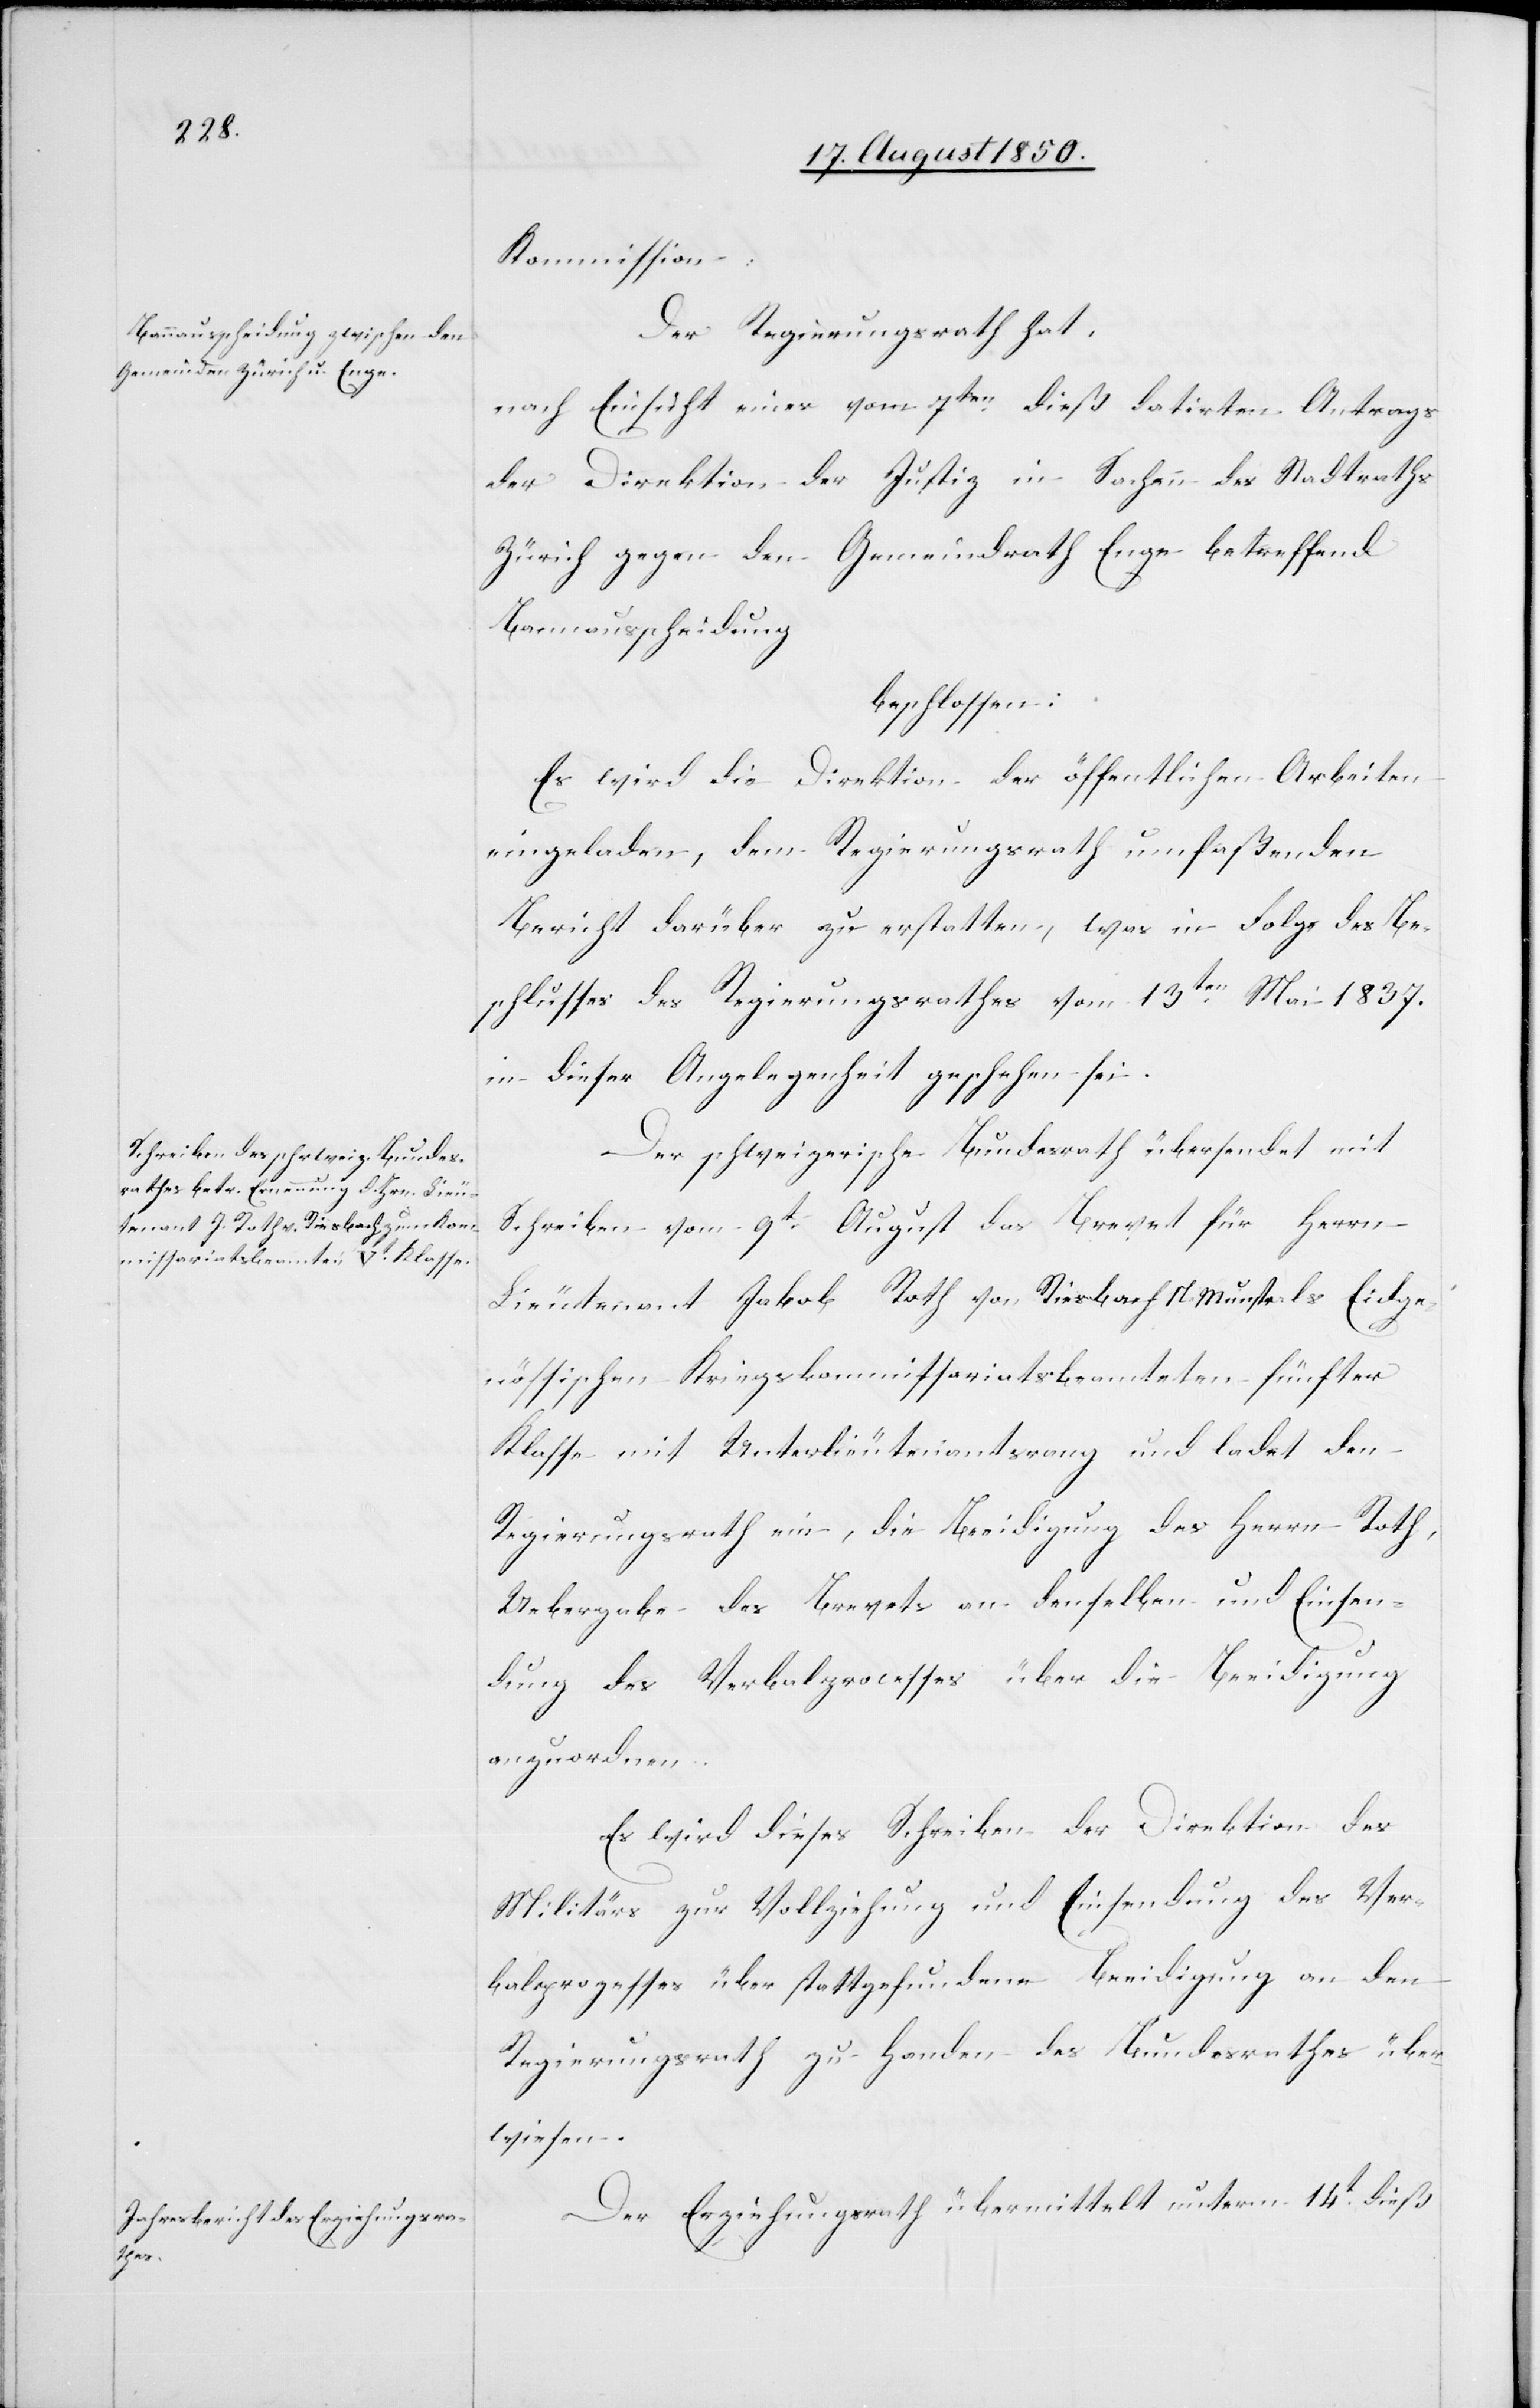
Eidge¬

Kommission.
Der Regierungsrath hat,
nach Einsicht eines vom 7ten dieß datirten Antrags
der Direktion der Justiz in Sachen des Stadtraths
Zürich gegen den Gemeindrath Enge betreffend
Bannausscheidung
beschlossen:
Es wird die Direktion der öffentlichen Arbeiten
eingeladen, dem Regierungsrath umfaßenden
Bericht darüber zu erstatten, was in Folge des Be¬
schlusses des Regierungsrathes vom 13ten Mai 1837.
in dieser Angelegenheit geschehen sei.
Der schweizerische Bundesrath übersendet mit
Schreiben vom 9t August das Brevet für Herrn
Lieutenant Jakob Roth von Riesbach N Munstr ls [recte:
nössischen Kriegskommissariatsbeamteten fünfter
Klasse mit Unterlieutenantsrang und ladet den
Regierungsrath ein, die Beeidigung des Herrn Roth,
Uebergabe des Brevets an denselben und Einsen¬
dung des Verbalprocesses über die Beeidigung
anzuordnen.
Es wird dieses Schreiben der Direktion des
Militärs zur Vollziehung und Einsendung des Ver¬
balprozesses über stattgefundene Beeidigung an den
Regierungsrath zu Handen des Bundesrathes über¬
wiesen.
Der Erziehungsrath übermittelt unterm 14t dieß